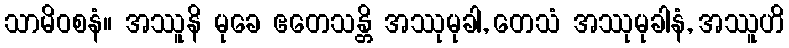
သာမိဝစနံ။ အဿူနိ မုခေ ဧတေသန္တိ အဿုမုခါ, တေသံ အဿုမုခါနံ, အဿူဟိ